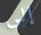
إلى